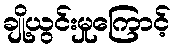
ချို့ယွင်းမှုကြောင့်